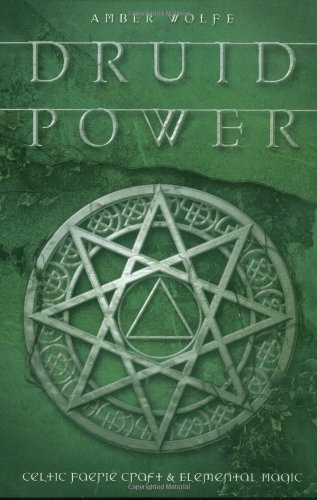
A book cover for Druid Power: Celtic Faerie Craft & Elemental Magic; Amber Wolfe; Religion & Spirituality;